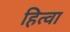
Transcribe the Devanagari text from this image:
हित्वा